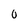
Character: 0